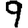
Digit: 9